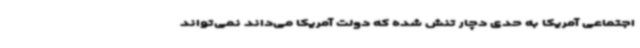
اجتماعی آمریکا به حدی دچار تنش شده که دولت آمریکا می‌داند نمی‌تواند